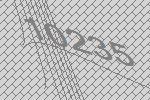
10235